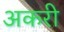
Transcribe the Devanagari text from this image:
अकरी